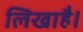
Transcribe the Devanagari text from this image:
लिखाहै।